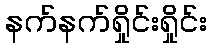
နက်နက်ရှိုင်းရှိုင်း